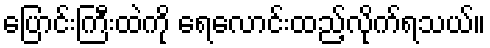
ပြောင်းကြီးထဲကို ရေလောင်းထည့်လိုက်ရသယ်။